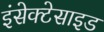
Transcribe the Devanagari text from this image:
इंसेक्टेसाइड